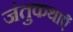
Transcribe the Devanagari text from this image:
जंतुकथाएँ